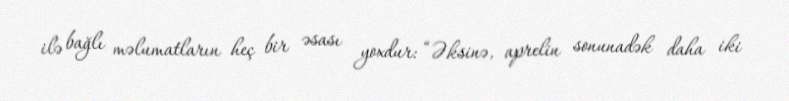
ilə bağlı məlumatların heç bir əsası yoxdur: “Əksinə, aprelin sonunadək daha iki